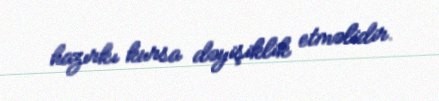
hazırkı kursa dəyişiklik etməlidir.